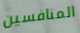
المنافسين